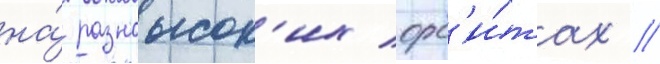
на́ разновысок'их орб'и́тах //